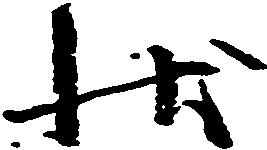
状